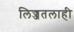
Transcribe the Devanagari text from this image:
लिज्जतलाही